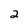
Character: 2